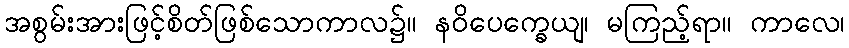
အစွမ်းအားဖြင့်စိတ်ဖြစ်သောကာလ၌။ နဝိပေက္ခေယျ၊ မကြည့်ရာ။ ကာလေ၊